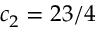
c _ { 2 } = 2 3 / 4